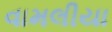
વામલીયા